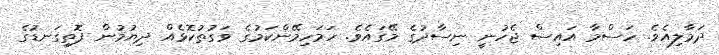
ދަމާލިއެވެ. ހަސްމާ އައިސް ޖެހުނީ ނިސާދުގެ މޭގައެވެ. ހަމަހިމޭންކަމުގެ ވަގުތުކޮޅެއް ދިޔުމުން ފޮތިގަނޑުގެ